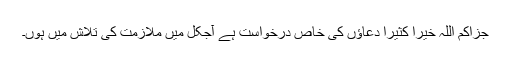
جزاکم اللہ خیرا کثیرا دعاؤں کی خاص درخواست ہے آجکل میں ملازمت کی تلاش میں ہوں۔